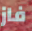
فاز